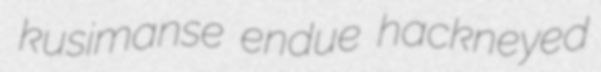
kusimanse endue hackneyed